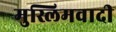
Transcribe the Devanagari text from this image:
मुस्लिमवादी